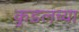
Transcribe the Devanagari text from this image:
कुडलच्या